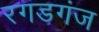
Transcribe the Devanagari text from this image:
रगडगंज